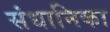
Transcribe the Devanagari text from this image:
संधानिका